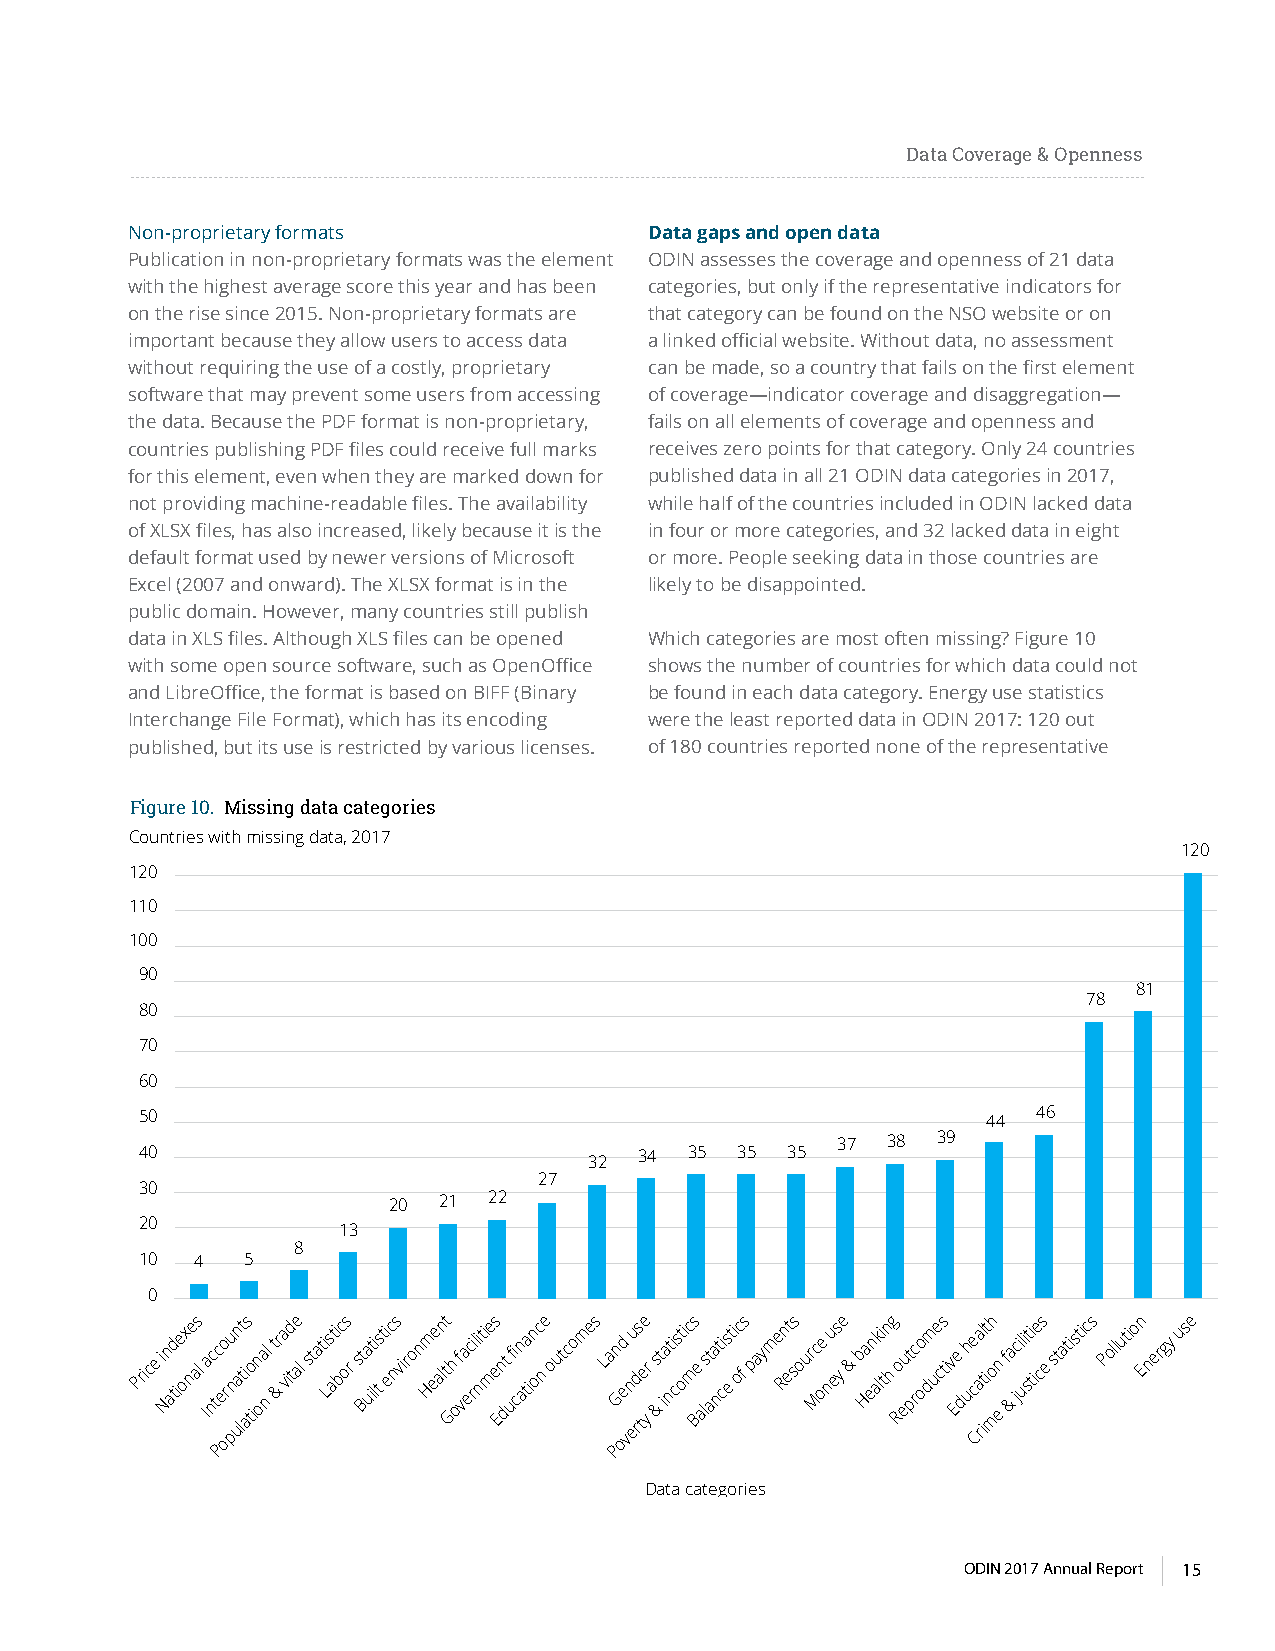
Data Coverage & Openness
 Non-proprietary formats            Data gaps and open data
 Publication in non-proprietary formats was the element ODIN assesses the coverage and openness of 21 data
 with the highest average score this year and has been categories, but only if the representative indicators for
 on the rise since 2015. Non-proprietary formats are that category can be found on the NSO website or on
 important because they allow users to access data a linked official website. Without data, no assessment
 without requiring the use of a costly, proprietary can be made, so a country that fails on the first element
 software that may prevent some users from accessing of coverage—indicator coverage and disaggregation—
 the data. Because the PDF format is non-proprietary, fails on all elements of coverage and openness and
 countries publishing PDF files could receive full marks receives zero points for that category. Only 24 countries
 for this element, even when they are marked down for published data in all 21 ODIN data categories in 2017,
 not providing machine-readable files. The availability while half of the countries included in ODIN lacked data
 of XLSX files, has also increased, likely because it is the in four or more categories, and 32 lacked data in eight
 default format used by newer versions of Microsoft or more. People seeking data in those countries are
 Excel (2007 and onward). The XLSX format is in the likely to be disappointed.
 public domain. However, many countries still publish
 data in XLS files. Although XLS files can be opened Which categories are most often missing? Figure 10
 with some open source software, such as OpenOffice shows the number of countries for which data could not
 and LibreOffice, the format is based on BIFF (Binary be found in each data category. Energy use statistics
 Interchange File Format), which has its encoding were the least reported data in ODIN 2017: 120 out
 published, but its use is restricted by various licenses. of 180 countries reported none of the representative
 Figure 10. Missing data categories
 Countries with missing data, 2017
 120
 120
 110
 100
 90
 81
 78
 80
 70
 60
 50                                                      44  46
 37  38 39
 40                            32 34  35 35 35
 27
 30
 20 21 22
 20
 13
 8
 10  4  5
 0
 Price i Nn atd ie ox ne as l Ia nc t Pc e oo r pu n un a lt ti as to in oa nl t &r a vid te al stati Ls ati bc os r st Ba ut ii lts ti ec ns viron Hm ee aln tt Gh of va ec rili nti me es En dt ufi cn ata in oc n e outcomes La Pn G oed
 v
 n eu rds tee yr s &t ia nti cs otic ms Be alst aa nt cis e ti oc f s payme Rn et ss our Mc oe nu es y e & b Ha en ak li tn h g Ro eut prc oo dm ue cs tiv Ee dh uce Caa rl itit o mh en f &a jcil ui sti tie cs e statistics Pollution Energy use
 Data categories
 ODIN 2017 Annual Report 15